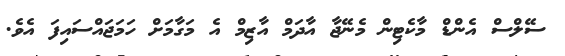
ސޭލްސް އެންޑް މާކެޓިން މެނޭޖާ އާދަމް އާޒިމް އެ މަގާމަށް ހަމަޖައްސައިފަ އެވެ.